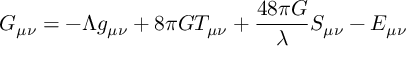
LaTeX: G _ { \mu \nu } = - \Lambda g _ { \mu \nu } + 8 \pi G T _ { \mu \nu } + \frac { 4 8 \pi G } { \lambda } S _ { \mu \nu } - { \cal E } _ { \mu \nu }